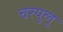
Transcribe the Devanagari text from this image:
चरयुलु